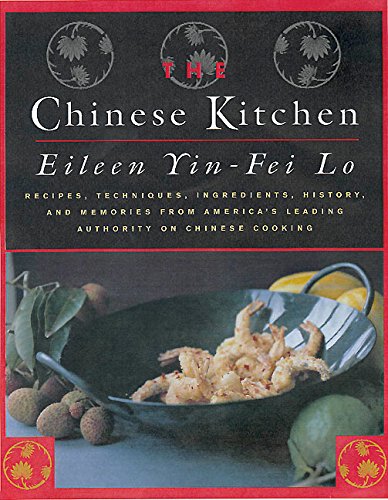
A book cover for The Chinese Kitchen: Recipes, Techniques, Ingredients, History, And Memories From America's Leading Authority On Chinese Cooking; Eileen Yin-Fei Lo; Cookbooks, Food & Wine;